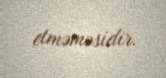
etməməsidir.